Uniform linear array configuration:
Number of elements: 12
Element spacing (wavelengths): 0.75
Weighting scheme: cosine
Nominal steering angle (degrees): -45
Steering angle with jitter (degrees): -45.559
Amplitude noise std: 0.05
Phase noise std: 0.05

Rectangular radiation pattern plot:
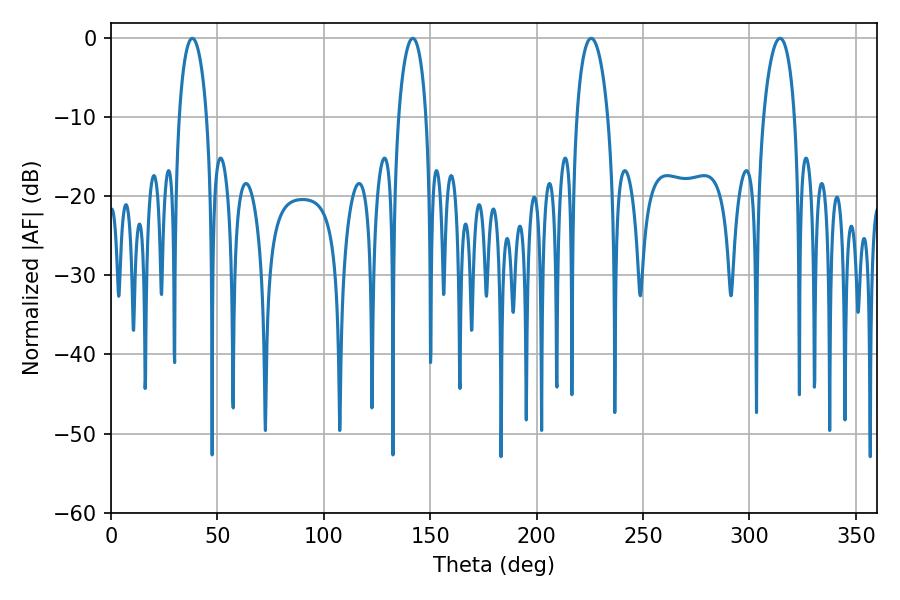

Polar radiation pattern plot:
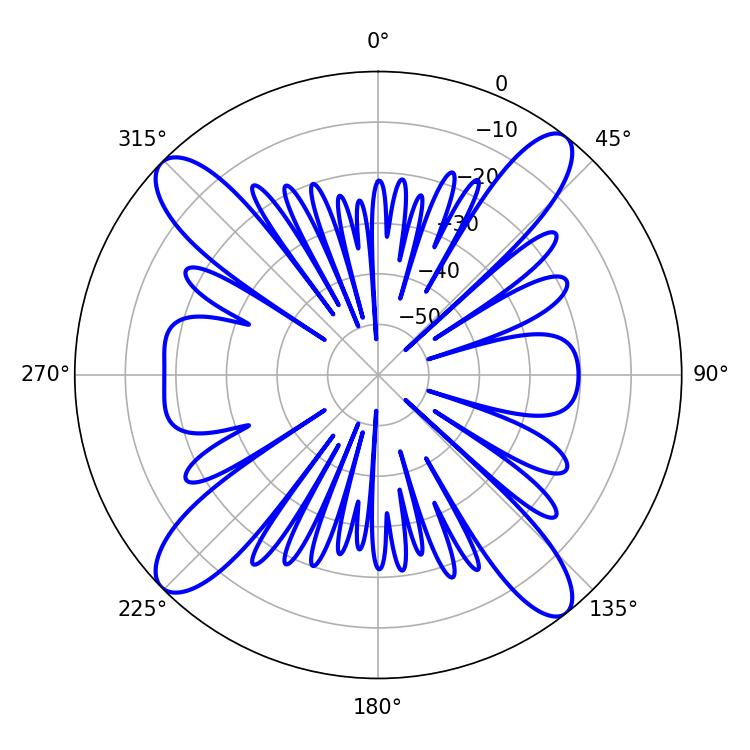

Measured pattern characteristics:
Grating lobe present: TRUE
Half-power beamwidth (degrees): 7.38
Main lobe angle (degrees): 38.16